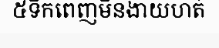
៥ទឹកពេញមិនងាយហត់